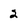
Character: 2